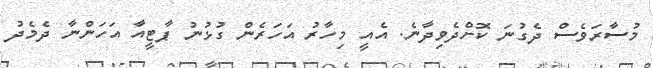
މުސާރަވެސް ދެގުނަ ކޮށްދެވިދާނެ. އެއީ މިހާރު އަހަރެން ގުޅުނު ޕާޓީއާ އަހަންނާ ދެމެދު